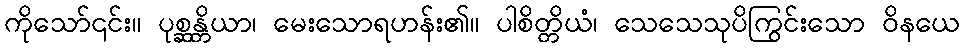
ကိုသော်၎င်း။ ပုစ္ဆန္တိယာ၊ မေးသောရဟန်း၏။ ပါစိတ္တိယံ၊ သေသေသုပိကြွင်းသော ဝိနယေ